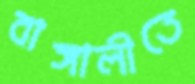
বাঙ্গালীতে